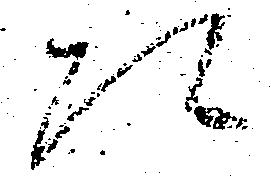
四